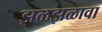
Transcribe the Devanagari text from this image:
झळझळावा